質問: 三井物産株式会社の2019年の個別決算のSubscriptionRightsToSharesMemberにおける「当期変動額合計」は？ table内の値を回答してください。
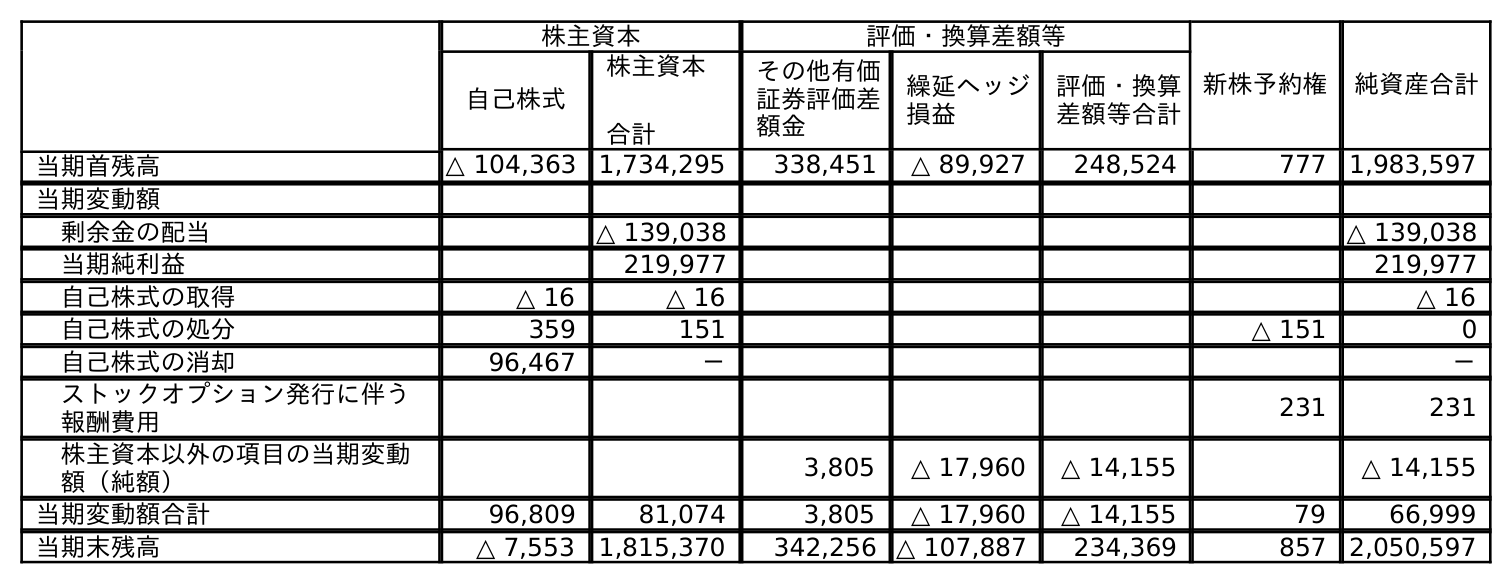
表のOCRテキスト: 株主資本 評価・換算差額等 新株予約権 純資産合計 自己株式 株主資本 合計 その他有価 証券評価差 額金 繰延ヘッジ 損益 評価・換算 差額等合計 当期首残高 △ 104,363 1,734,295 338,451 △ 89,927 248,524 777 1,983,597 当期変動額 剰余金の配当 △ 139,038 △ 139,038 当期純利益 219,977 219,977 自己株式の取得 △ 16 △ 16 △ 16 自己株式の処分 359 151 △ 151 0 自己株式の消却 96,467 － － ストックオプション発行に伴う 報酬費用 231 231 株主資本以外の項目の当期変動 額（純額） 3,805 △ 17,960 △ 14,155 △ 14,155 当期変動額合計 96,809 81,074 3,805 △ 17,960 △ 14,155 79 66,999 当期末残高 △ 7,553 1,815,370 342,256 △ 107,887 234,369 857 2,050,597
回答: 79